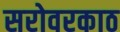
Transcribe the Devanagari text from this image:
सरोवरकाठ